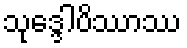
သုဒ္ဒေါပိဿာဿ